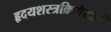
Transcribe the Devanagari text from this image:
हृदयशस्त्रक्रियेसाठी